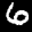
Label: 6